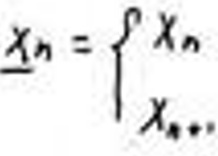
\[
x_n=\begin{cases}
x_n\\
x_{n+1}
\end{cases}
\]